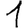
Digit: 1